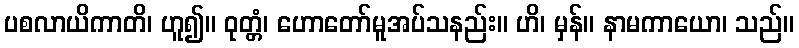
ပစလာယိကာတိ၊ ဟူ၍။ ဝုတ္တံ၊ ဟောတော်မူအပ်သနည်း။ ဟိ၊ မှန်။ နာမကာယော၊ သည်။